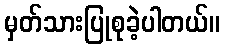
မှတ်သားပြုစုခဲ့ပါတယ်။